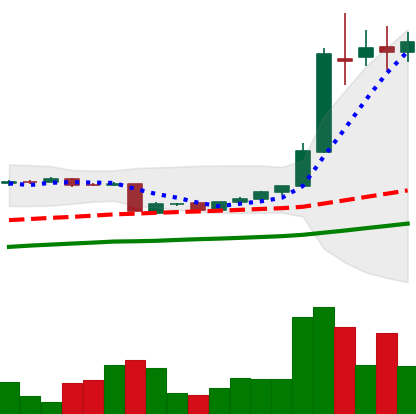
Ticker: BTC-USD
Chart end date: 2016-06-01
Forward return: 9.055%
Label: up_7plus